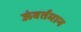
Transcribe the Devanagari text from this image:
ऊंवर्तमान